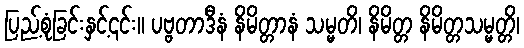
ပြည့်စုံခြင်းနှင့်၎င်း။ ပဗ္ဗတာဒီနံ နိမိတ္တာနံ သမ္မတိ၊ နိမိတ္တ နိမိတ္တသမ္မတ္တိ၊